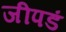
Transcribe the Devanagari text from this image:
जीपडं